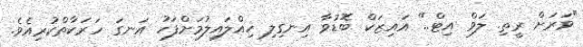
"ވަރަށް ރީތި. ލަވް އިޓް.." އައިޒަކް ބޮޑުވާ އިނގިލި ހިއްލައިލުމަށްފަހު އަނގަ ހަރަކާތްކުރިއެވެ.